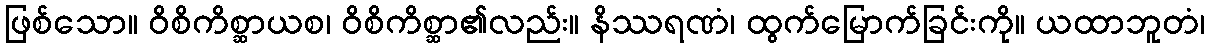
ဖြစ်သော။ ဝိစိကိစ္ဆာယစ၊ ဝိစိကိစ္ဆာ၏လည်း။ နိဿရဏံ၊ ထွက်မြောက်ခြင်းကို။ ယထာဘူတံ၊